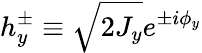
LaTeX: h_{y}^{\pm}\equiv\sqrt{2J_{y}}e^{\pm i\phi_{y}}